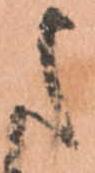
た